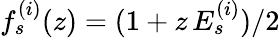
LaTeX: f_{s}^{(i)}(z)=({1+z\, E_{s}^{(i)}})/{2}